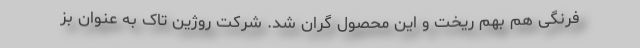
فرنگی هم بهم ریخت و این محصول گران شد. شرکت روژین تاک به عنوان بز